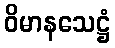
ဝိမာနသေဋ္ဌံ